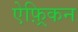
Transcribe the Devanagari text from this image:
ऐफ़्रिकन